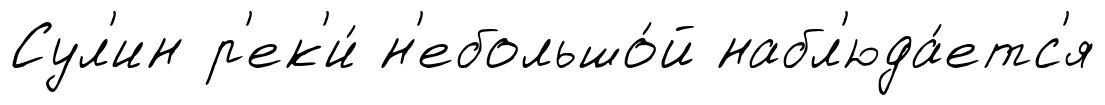
Сул'ин р'ек'и́ н'ебольшо́й набл'юда́етс'я